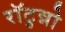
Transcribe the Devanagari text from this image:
राॅटुन्नो